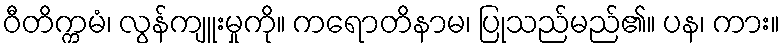
ဝီတိက္ကမံ၊ လွန်ကျူးမှုကို။ ကရောတိနာမ၊ ပြုသည်မည်၏။ ပန၊ ကား။